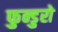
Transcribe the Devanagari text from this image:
फुन्डुरो